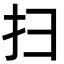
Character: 扫